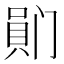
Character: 𪡯